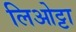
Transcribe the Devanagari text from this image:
लिओट्टा